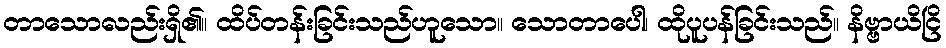
တာသောလည်းရှိ၏။ ထိပ်တန်းခြင်းသည်ဟူသော။ သောတာပေါ၊ ထိုပူပန်ခြင်းသည်။ နိဗ္ဗာယိငြိ